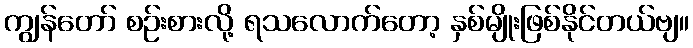
ကျွန်တော် စဉ်းစားလို့ ရသလောက်တော့ နှစ်မျိုးဖြစ်နိုင်တယ်ဗျ။